Indian journal of veterinary science and animal husbandry - Volume 10,
Year: 1940
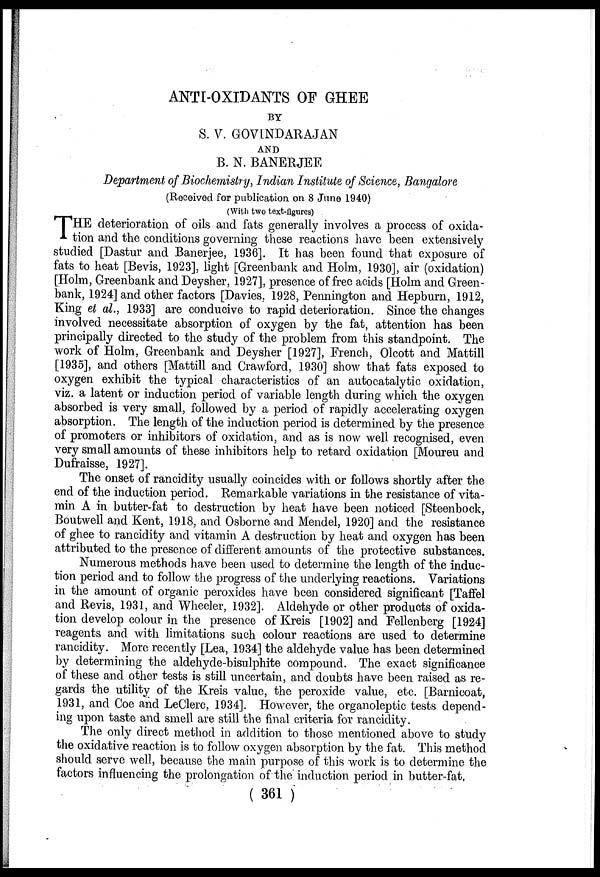
ANTI-OXIDANTS OF GHEE
BY
S. V. GOVINDARAJAN
AND
B. N. BANERJEE
Department of Biochemistry, Indian Institute of Science, Bangalore
(Received for publication on 8 June 1940)
(With two text-figures)
T HE deterioration of oils and fats generally involves a process of oxida-
tion and the conditions governing these reactions have been extensively
studied [Dastur and Banerjee, 1936]. It has been found that exposure of
fats to heat [Bevis, 1923], light [Greenbank and Holm, 1930], air (oxidation)
[Holm, Greenbank and Deysher, 1927], presence of free acids [Holm and Green-
bank, 1924] and other factors [Davies, 1928, Pennington and Hepburn, 1912,
King et al., 1933] are conducive to rapid deterioration. Since the changes
involved necessitate absorption of oxygen by the fat, attention has been
principally directed to the study of the problem from this standpoint. The
work of Holm, Greenbank and Deysher [1927], French, Olcott and Mattill
[1935], and others [Mattill and Crawford, 1930] show that fats exposed to
oxygen exhibit the typical characteristics of an autocatalytic oxidation,
viz. a latent or induction period of variable length during which the oxygen
absorbed is very small, followed by a period of rapidly accelerating oxygen
absorption. The length of the induction period is determined by the presence
of promoters or inhibitors of oxidation, and as is now well recognised, even
very small amounts of these inhibitors help to retard oxidation [Moureu and
Dufraisse, 1927].
The onset of rancidity usually coincides with or follows shortly after the
end of the induction period. Remarkable variations in the resistance of vita-
min A in butter-fat to destruction by heat have been noticed [Steenbock,
Boutwell and Kent, 1918, and Osborne and Mendel, 1920] and the resistance
of ghee to rancidity and vitamin A destruction by heat and oxygen has been
attributed to the presence of different amounts of the protective substances.
Numerous methods have been used to determine the length of the induc-
tion period and to follow the progress of the underlying reactions. Variations
in the amount of organic peroxides have been considered significant [Taffel
and Revis, 1931, and Wheeler, 1932]. Aldehyde or other products of oxida-
tion develop colour in the presence of Kreis [1902] and Fellenberg [1924]
reagents and with limitations such colour reactions are used to determine
rancidity. More recently [Lea, 1934] the aldehyde value has been determined
by determining the aldehyde-bisulphite compound. The exact significance
of these and other tests is still uncertain, and doubts have been raised as re-
gards the utility of the Kreis value, the peroxide value, etc. [Barnicoat,
1931, and Coe and LeClerc, 1934]. However, the organoleptic tests depend-
ing upon taste and smell are still the final criteria for rancidity.
The only direct method in addition to those mentioned above to study
the oxidative reaction is to follow oxygen absorption by the fat. This method
should serve well, because the main purpose of this work is to determine the
factors influencing the prolongation of the induction period in butter-fat.
( 361 )